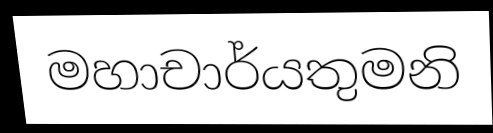
මහාචාර්යතුමනි